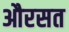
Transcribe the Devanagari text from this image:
औरसत